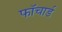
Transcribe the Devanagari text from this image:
फॉचार्ड